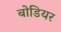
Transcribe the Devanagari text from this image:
बोडियर